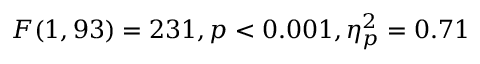
F ( 1 , 9 3 ) = 2 3 1 , p < 0 . 0 0 1 , \eta _ { p } ^ { 2 } = 0 . 7 1